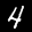
Label: 4